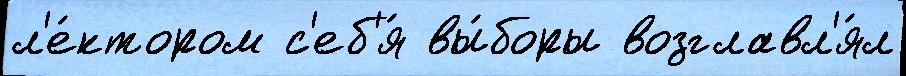
л'е́ктором с'еб'я́ вы́боры возглавл'я́л